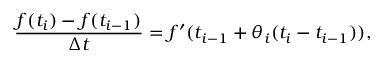
{ \frac { f ( t _ { i } ) - f ( t _ { i - 1 } ) } { \Delta t } } = f ^ { \prime } ( t _ { i - 1 } + \theta _ { i } ( t _ { i } - t _ { i - 1 } ) ) ,